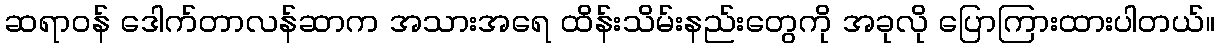
ဆရာဝန် ဒေါက်တာလန်ဆာက အသားအရေ ထိန်းသိမ်းနည်းတွေကို အခုလို ပြောကြားထားပါတယ်။